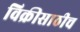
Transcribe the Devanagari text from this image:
विक्रीसाठीच